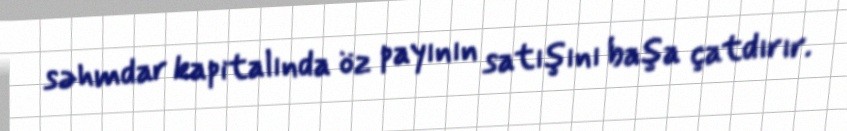
səhmdar kapitalında öz payının satışını başa çatdırır.